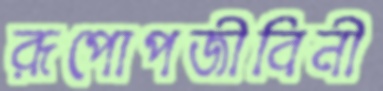
রূপোপজীবিনী